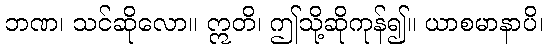
ဘဏ၊ သင်ဆိုလော။ ဣတိ၊ ဤသို့ဆိုကုန်၍။ ယာစမာနာပိ၊